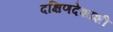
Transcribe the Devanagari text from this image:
दक्षिणदेशाशी